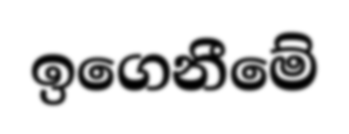
ඉගෙනීමේ